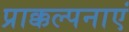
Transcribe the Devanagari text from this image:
प्राक्कल्पनाएं